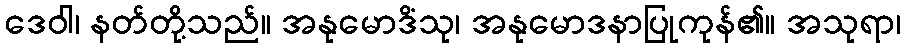
ဒေဝါ၊ နတ်တို့သည်။ အနုမောဒိံသု၊ အနုမောဒနာပြုကုန်၏။ အသုရာ၊